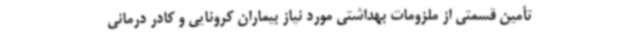
تأمین قسمتی از ملزومات بهداشتی مورد نیاز بیماران کرونایی و کادر درمانی